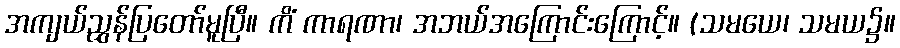
အကျယ်ညွှန်ပြတော်မူပြီ။ ကိံ ကာရဏာ၊ အဘယ်အကြောင်းကြောင့်။ (သမယေ၊ သမယ၌။